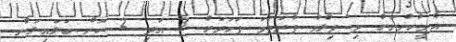
އެމީހުންނަށް މި ފިލްމު ފުރަތަމަ ފަހަރަށް 3 އަދި 2 ކޮށް ބަލައިލަން